Report of the Indian Hemp Drugs Commission, 1894-1895 - Volume VI
Year: 1894
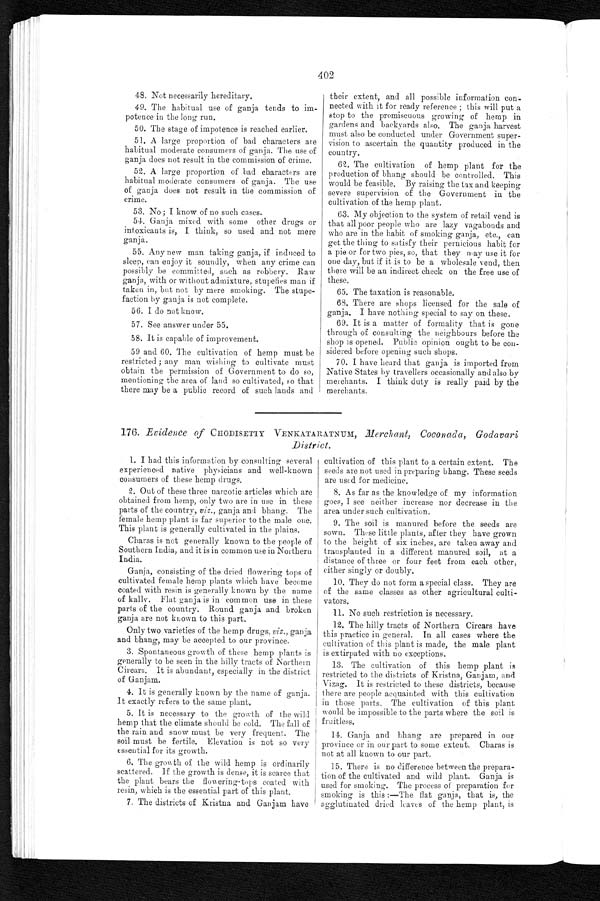
402
48. Not necessarily hereditary.
49. The habitual use of ganja tends to im-
potence in the long run.
50. The stage of impotence is reached earlier.
51. A large proportion of bad characters are
habitual moderate consumers of ganja. The use of
ganja does not result in the commission of crime.
52. A large proportion of bad characters are
habitual moderate consumers of ganja. The use
of ganja does not result in the commission of
crime.
53. No ; I know of no such cases.
54. Ganja mixed with some other drugs or
intoxicants is, I think, so used and not mere
ganja.
55. Any new man taking ganja, if induced to
sleep, can enjoy it soundly, when any crime can
possibly be committed, such as robbery. Raw
ganja, with or without admixture, stupefies man if
taken in, but not by mere smoking. The stupe-
faction by ganja is not complete.
56. I do not know.
57. See answer under 55.
58. It is capable of improvement.
59 and 60. The cultivation of hemp must be
restricted ; any man wishing to cultivate must
obtain the permission of Government to do so,
mentioning the area of laud so cultivated, so that
there may be a public record of such lands and
their extent, and all possible information con
- nected with it for ready reference ; this will put a
stop to the promiscuous growing of hemp in
gardens and backyards also. The ganja harvest
must also be conducted under Government super
-
vision to ascertain the quantity produced in the
country.
62. The cultivation of hemp plant for the
production of bhang should be controlled. This
would be feasible. By raising the tax and keeping
severe supervision of the Government in the
cultivation of the hemp plant.
63. My objection to the system of retail vend is
that all poor people who are lazy vagabonds and
who are in the habit of smoking ganja, etc., can
get the thing to satisfy their pernicious habit for
a pie or for two pies, so, that they may use it for
one day, but if it is to be a wholesale vend, then
there will be an indirect check on the free use of
these.
65. The taxation is reasonable.
68. There are shops licensed for the sale of
ganja. I have nothing special to say on these.
69. It is a matter of formality that is gone
through of consulting the neighbours before the
shop is opened. Public opinion ought to be con-
sidered before opening such shops.
70. I have heard that ganja is imported from
Native States by travellers occasionally and also by
merchants. I think duty is really paid by the
merchants.
176. Evidence of CHODISETTY VENKATARATNUM, Merchant,
Coconada, Godavari
District.
1. I had this information by consulting several
experienced native physicians and well-known
consumers of these hemp drugs.
2. Out of these three narcotic articles which are
obtained from hemp, only two are in use in these
parts of the country, viz ., ganja and bhang. The
female hemp plant is far superior to the male one.
This plant is generally cultivated in the plains.
Charas is not generally known to the people of
Southern India, and it is in common use in Northern
India.
Ganja, consisting of the dried flowering tops of
cultivated female hemp plants which have become
coated with resin is generally known by the name
of kally. Flat ganja is in common use in these
parts of the country. Round ganja and broken
ganja are not known to this part.
Only two varieties of the hemp drugs, viz ., ganja
and bhang, may be accepted to our province.
3. Spontaneous growth of these hemp plants is
generally to be seen in the hilly tracts of Northern
Circars. It is abundant, especially in the district
of Ganjam.
4. It is generally known by the name of ganja.
It exactly refers to the same plant.
5. It is necessary to the growth of the wild
hemp that the climate should be cold. The fall of
the rain and snow must be very frequent. The
soil must be fertile. Elevation is not so very
essential for its growth.
6. The growth of the wild hemp is ordinarily
scattered. If the growth is dense, it is scarce that
the plant bears the flowering-tops coated with
resin, which is the essential part of this plant.
7. The districts of Kristna and Ganjam have
cultivation of this plant to a certain extent. The
seeds are not used in preparing bhang. These seeds
are used for medicine.
8. As far as the knowledge of my information
goes, I see neither increase nor decrease in the
area under such cultivation.
9. The soil is manured before the seeds are
sown. These little plants, after they have grown
to the height of six inches, are taken away and
transplanted in a different manured soil, at a
distance of three or four feet from each other,
either singly or doubly.
10. They do not form a special class. They are
of the same classes as other agricultural culti-
vators.
11. No such restriction is necessary.
12. The hilly tracts of Northern Circars have
this practice in general. In all cases where the
cultivation of this plant is made, the male plant
is extirpated with no exceptions.
13. The cultivation of this hemp plant is
restricted to the districts of Kristna, Ganjam, and
Vizag. It is restricted to these districts, because
there are people acquainted with this cultivation
in those parts. The cultivation of this plant
would be impossible to the parts where the soil is
fruitless.
14. Ganja and bhang are prepared in our
province or in our part to some extent. Charas is
not at all known to our part.
15. There is no difference between the prepara-
tion of the cultivated and wild plant. Ganja is
used for smoking. The process of preparation for
smoking is this:— The flat ganja, that is, the
agglutinated dried leaves of the hemp plant, is